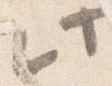
此